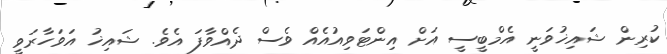
ކުރިން ޝައިޚުވަނީ އެމްބީސީ އަށް އިންޓަވިއުއެއް ވެސް ދެއްވާފަ އެވެ. ޝައިޚު އަވަހާރަވީ